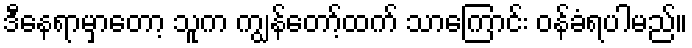
ဒီနေရာမှာတော့ သူက ကျွန်တော့်ထက် သာကြောင်း ဝန်ခံရပါမည်။